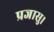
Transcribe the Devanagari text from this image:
प्रजासु।